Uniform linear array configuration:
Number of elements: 48
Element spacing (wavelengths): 0.5
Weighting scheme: binomial
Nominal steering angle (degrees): -30
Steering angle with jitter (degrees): -28.98
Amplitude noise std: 0.05
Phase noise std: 0.05

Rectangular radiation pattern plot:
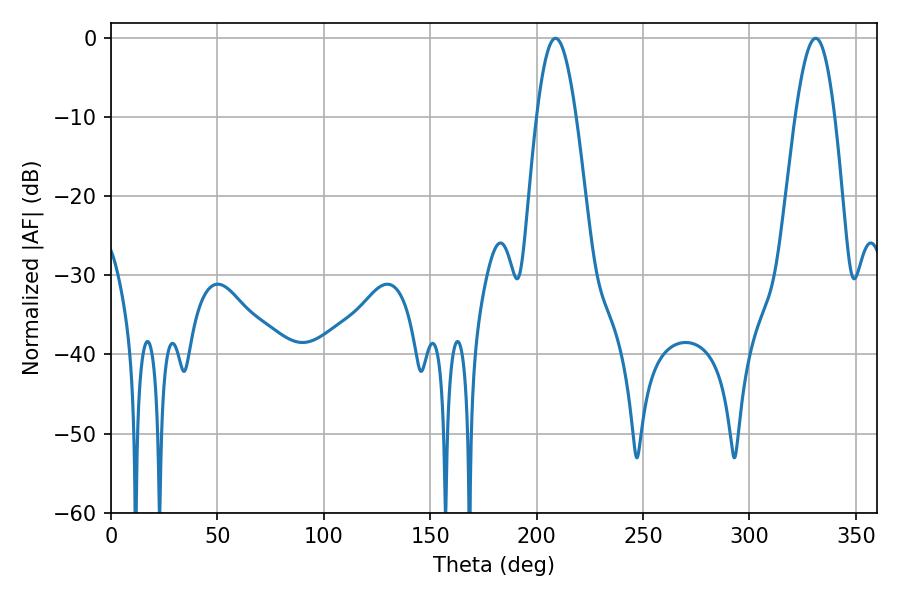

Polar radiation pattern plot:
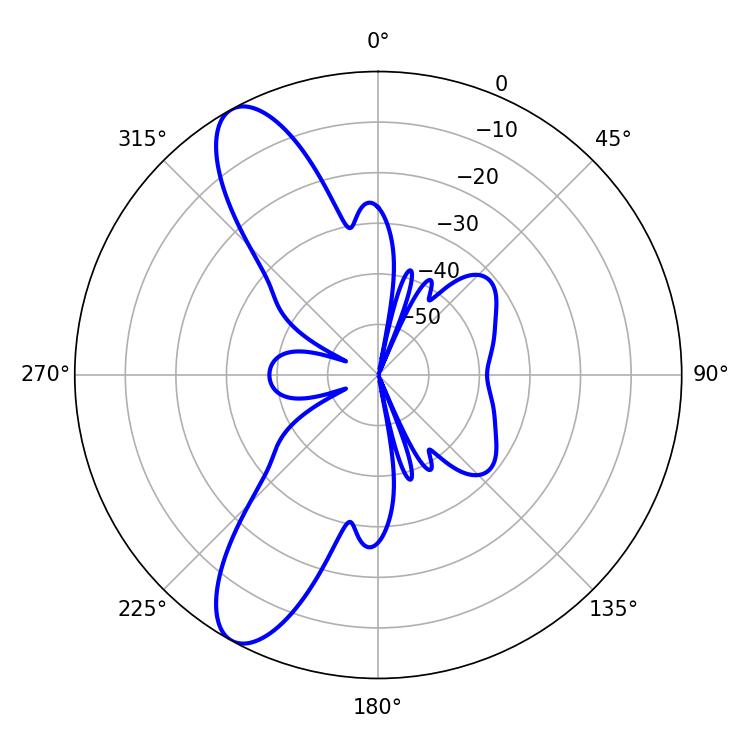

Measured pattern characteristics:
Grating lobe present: FALSE
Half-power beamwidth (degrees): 10.08
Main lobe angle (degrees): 208.8